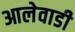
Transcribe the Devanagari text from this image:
आलेवाडी